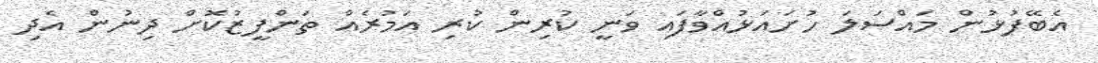
އެބޭފުޅުން މައްސަލަ ހުށައަޅުއްވާފައި ވަނީ ކުރިން ކުރި އަމުރެއް ތަންފީޒުކޮށް ދިނުން އެދި